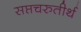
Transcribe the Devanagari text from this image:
सप्तचरुतीर्थ